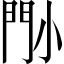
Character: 𡮉